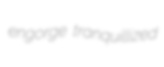
engorge tranquillized